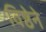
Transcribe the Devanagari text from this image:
विष्ठेने